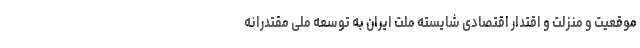
موقعیت و منزلت و اقتدار اقتصادی شایسته ملت ایران به توسعه ملی مقتدرانه